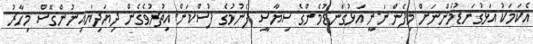
އެކަމަކު އަޅުގަނޑުމެންނަށް މިފެންނަނީ އަޅުގަނޑުމެންގެ ސިޔާސީ ފެނުމުގެ ފުސްކަން އިތުރުވެގެން ދިޔަދިޔައިނުންގޮސް މިހާރު